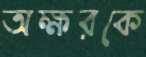
অক্ষরকে